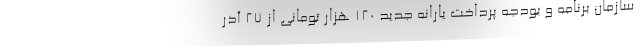
سازمان برنامه و بودجه پرداخت یارانه جدید ۱۲۰ هزار تومانی از ۲۷ آذر